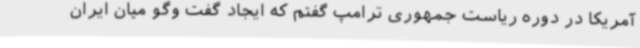
آمریکا در دوره ریاست جمهوری ترامپ گفتم که ایجاد گفت وگو میان ایران